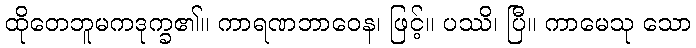
ထိုတေဘူမကဒုက္ခ၏။ ကာရဏဘာဝေန၊ ဖြင့်။ ပဿိ၊ ပြီ။ ကာမေသု သော